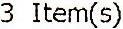
3 ITEM(S)